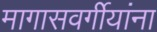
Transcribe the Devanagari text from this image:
मागासवर्गीयांना